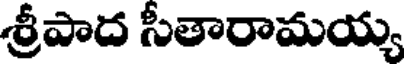
శ్రీపాద సీతారామయ్య